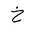
Letter: _kha